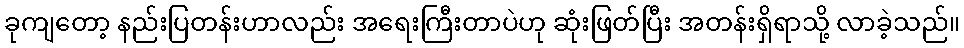
ခုကျတော့ နည်းပြတန်းဟာလည်း အရေးကြီးတာပဲဟု ဆုံးဖြတ်ပြီး အတန်းရှိရာသို့ လာခဲ့သည်။